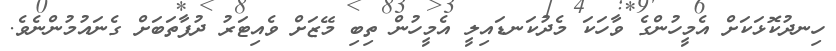
ހިނދުކޮޅަކަށް އެމީހުންގެ ވާހަކަ މެދުކަނޑައިލީ އެމީހުން ތިބި މޭޒަށް ވެއިޓަރު ދުފާތަބަށް ގެނައުމުންނެވެ.